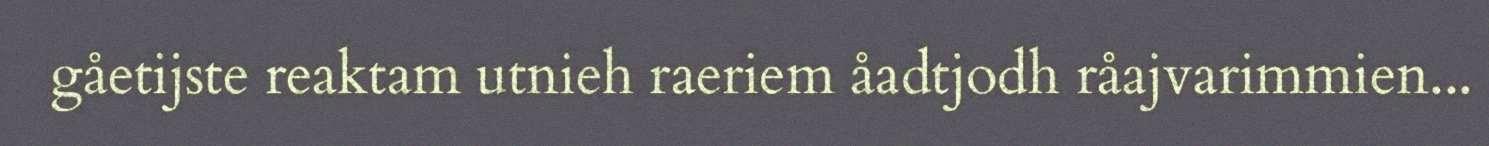
gåetijste reaktam utnieh raeriem åadtjodh råajvarimmien...